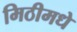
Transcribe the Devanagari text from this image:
मिठीमधे